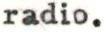
radio.